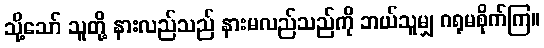
သို့သော် သူတို့ နားလည်သည် နားမလည်သည်ကို ဘယ်သူမျှ ဂရုမစိုက်ကြ။